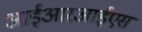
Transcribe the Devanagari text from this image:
आईआरआईएस